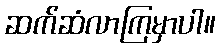
ဆက်ဆံလာကြမှာပါ။